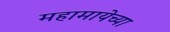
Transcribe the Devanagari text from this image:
महामायेच्या